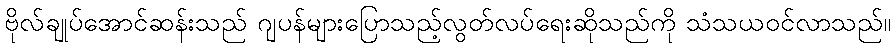
ဗိုလ်ချုပ်အောင်ဆန်းသည် ဂျပန်များပြောသည့်လွတ်လပ်ရေးဆိုသည်ကို သံသယဝင်လာသည်။